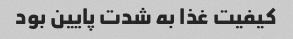
کیفیت غذا به شدت پایین بود